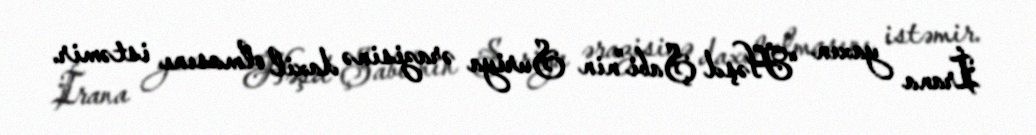
İrana yaxın “Həşd Şabi”nin Suriya ərazisinə daxil olmasını istəmir.